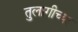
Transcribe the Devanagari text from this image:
तुलागीच्या